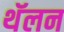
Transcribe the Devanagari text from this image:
थॅलन